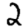
Digit: 2